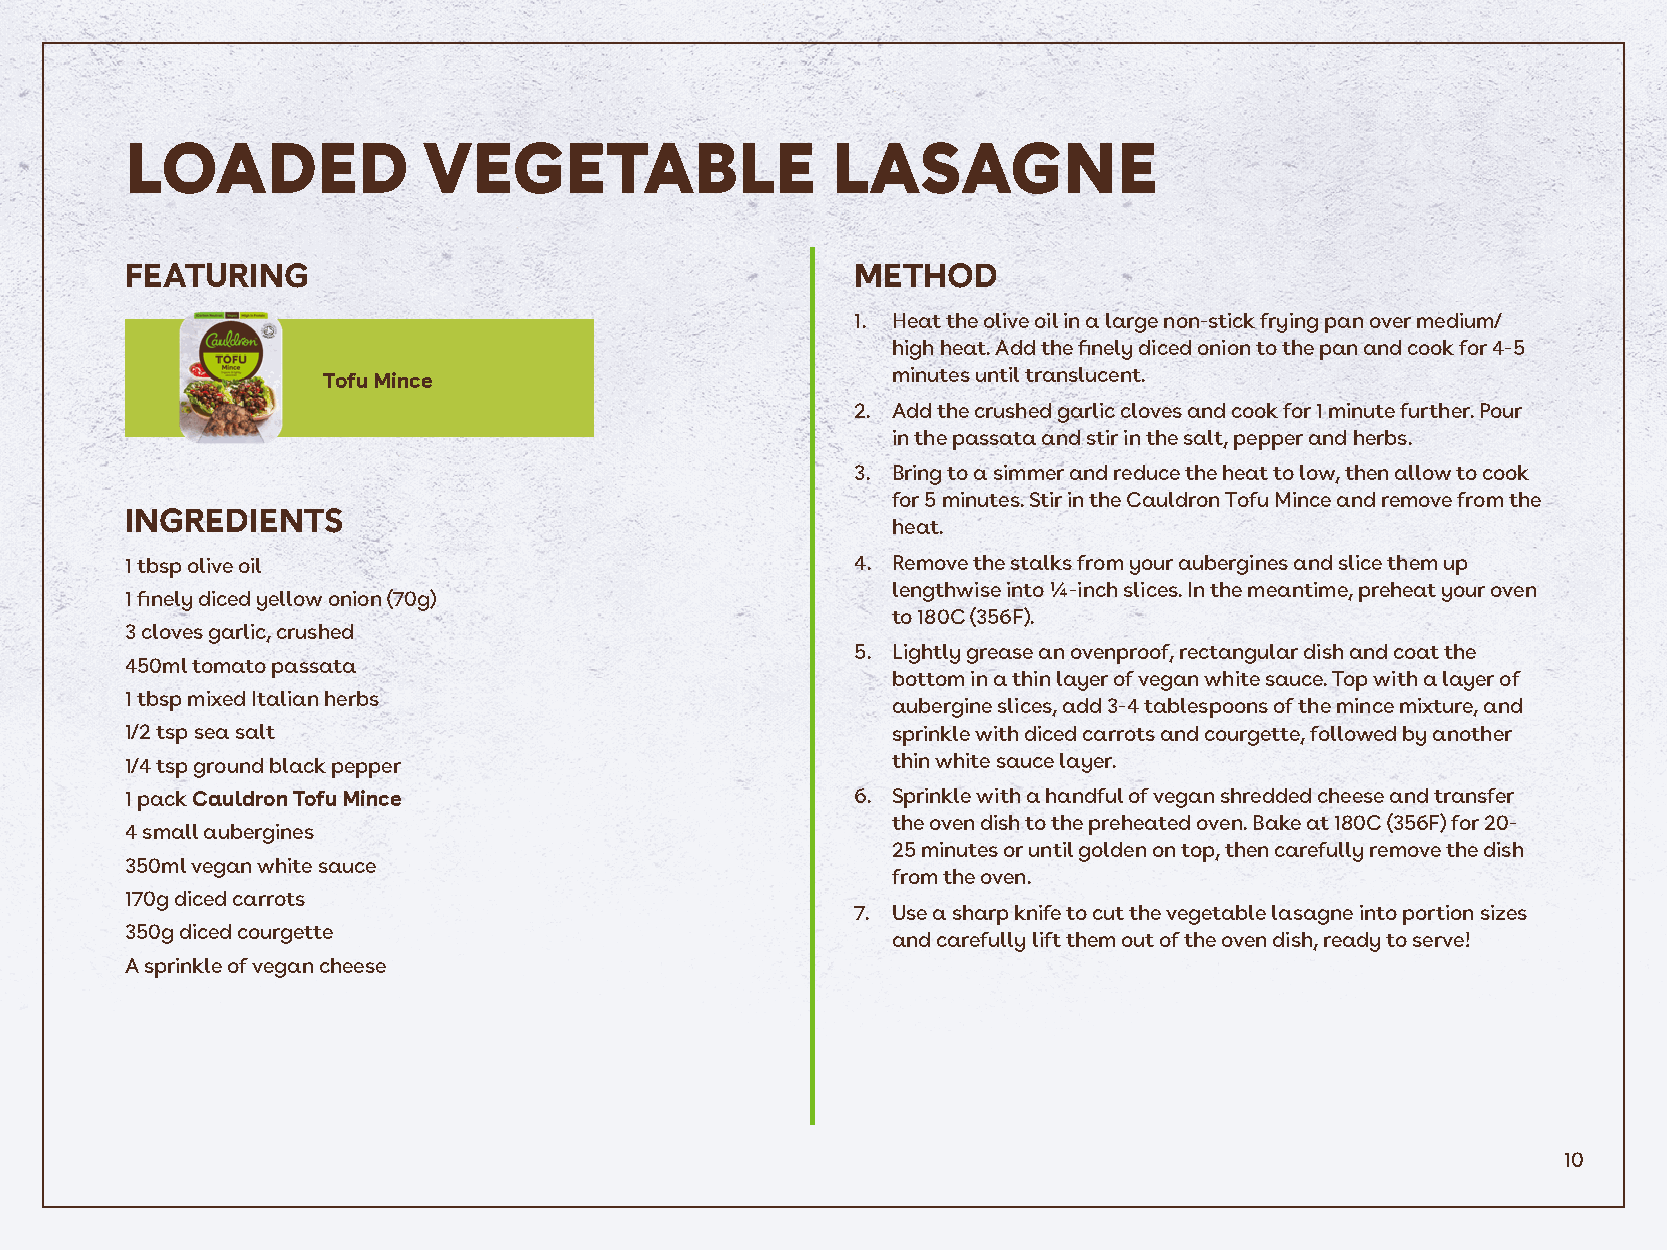
LOADED              VEGETABLE                  LASAGNE
 FEATURING                                        METHOD
 1. Heat the olive oil in a large non-stick frying pan over medium/
 high heat. Add the finely diced onion to the pan and cook for 4-5
 minutes until translucent.
 Tofu Mince
 2. Add the crushed garlic cloves and cook for 1 minute further. Pour
 in the passata and stir in the salt, pepper and herbs.
 3. Bring to a simmer and reduce the heat to low, then allow to cook
 for 5 minutes. Stir in the Cauldron Tofu Mince and remove from the
 INGREDIENTS
 heat.
 1 tbsp olive oil                                 4. Remove the stalks from your aubergines and slice them up
 lengthwise into ¼-inch slices. In the meantime, preheat your oven
 1 finely diced yellow onion (70g)
 to 180C (356F).
 3 cloves garlic, crushed
 5. Lightly grease an ovenproof, rectangular dish and coat the
 450ml tomato passata
 bottom in a thin layer of vegan white sauce. Top with a layer of
 1 tbsp mixed Italian herbs
 aubergine slices, add 3-4 tablespoons of the mince mixture, and
 1/2 tsp sea salt                                   sprinkle with diced carrots and courgette, followed by another
 1/4 tsp ground black pepper                        thin white sauce layer.
 1 pack Cauldron Tofu Mince                       6. Sprinkle with a handful of vegan shredded cheese and transfer
 the oven dish to the preheated oven. Bake at 180C (356F) for 20-
 4 small aubergines
 25 minutes or until golden on top, then carefully remove the dish
 350ml vegan white sauce
 from the oven.
 170g diced carrots
 7. Use a sharp knife to cut the vegetable lasagne into portion sizes
 350g diced courgette
 and carefully lift them out of the oven dish, ready to serve!
 A sprinkle of vegan cheese
 10